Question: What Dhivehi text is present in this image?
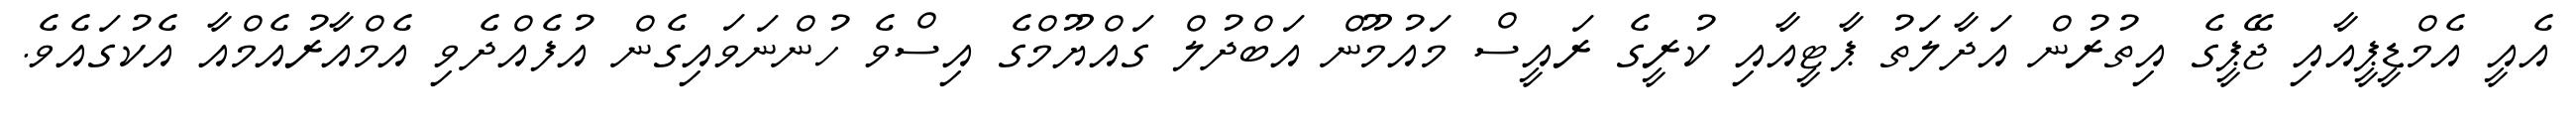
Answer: އެއީ އެމްޑީޕީއާއި ޖޭޕީގެ އިތުރުން އަދާލަތު ޕާޓީއާއި ކުރީގެ ރައީސް މައުމޫން އަބްދުލް ގައްޔޫމްގެ އިސްވެ ހުންނަވައިގެން އުފެއްދެވި އެމްއާރުއެމްއާ އެކުގައެވެ.